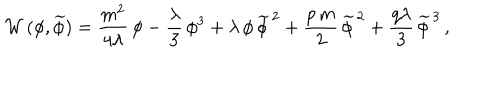
{ \cal W } \, ( \phi , \widetilde \phi ) = \frac { m ^ { 2 } } { 4 \lambda } \, \phi - \frac { \lambda } { 3 } \, \phi ^ { 3 } + \lambda \, \phi \, \widetilde \phi ^ { \, 2 } + \frac { p \, m } { 2 } \, \widetilde \phi ^ { \, 2 } + \frac { q \lambda } { 3 } \, \widetilde \phi ^ { \, 3 } \, ,